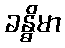
ခန္ဓိမာ